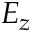
E _ { z }